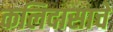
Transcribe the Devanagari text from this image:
कलिदासाचे